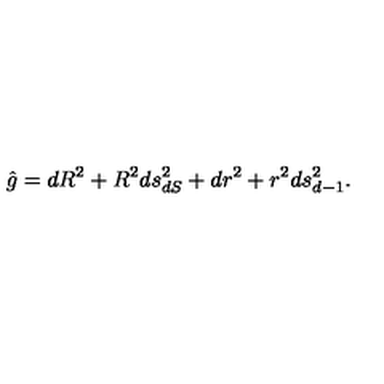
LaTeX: \hat { g } = d R ^ { 2 } + R ^ { 2 } d s _ { d S } ^ { 2 } + d r ^ { 2 } + r ^ { 2 } d s _ { d - 1 } ^ { 2 } .